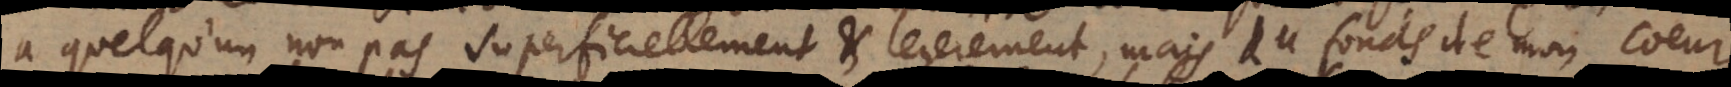
à quelqu’un non pas superficiellement et legerement, mais du fonds de mon coeur,